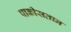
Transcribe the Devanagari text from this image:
पाकीसतान